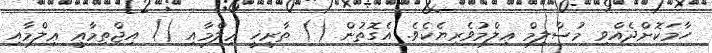
ހާމަކޮށްދެއްވި މުސްލިމް ޢިލްމުވެރިޔެކެވެ. އެގޮތުން () ތާރީޚީ ޢިލްމާއި () އިޖްތިމާޢީ ޢިލްމާއި